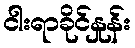
ငါးရာခိုင်နှုန်း